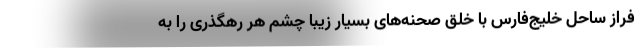
فراز ساحل خلیج‌فارس با خلق صحنه‌های بسیار زیبا چشم هر رهگذری را به